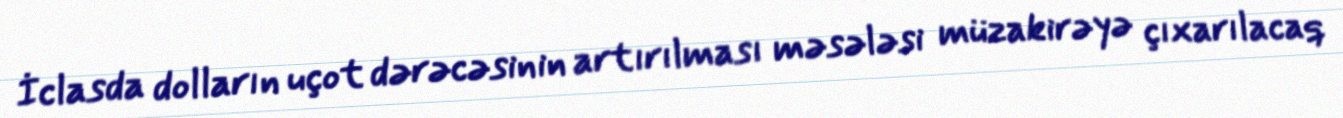
İclasda dolların uçot dərəcəsinin artırılması məsələsi müzakirəyə çıxarılacaq